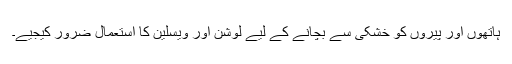
ہاتھوں اور پیروں کو خشکی سے بچانے کے لیے لوشن اور ویسلین کا استعمال ضرور کیجیے۔